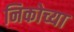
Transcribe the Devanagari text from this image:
निकोच्या